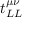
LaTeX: t _ { L L } ^ { \mu \nu }